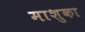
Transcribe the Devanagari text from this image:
माशुका